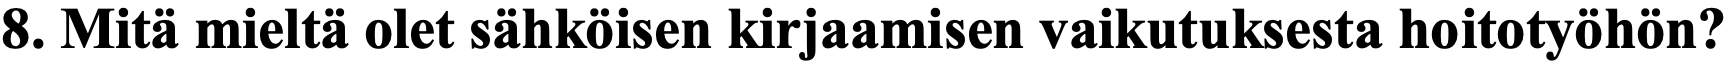
8. Mitä mieltä olet sähköisen kirjaamisen vaikutuksesta hoitotyöhön?